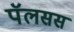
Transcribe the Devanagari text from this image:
पॅलसस